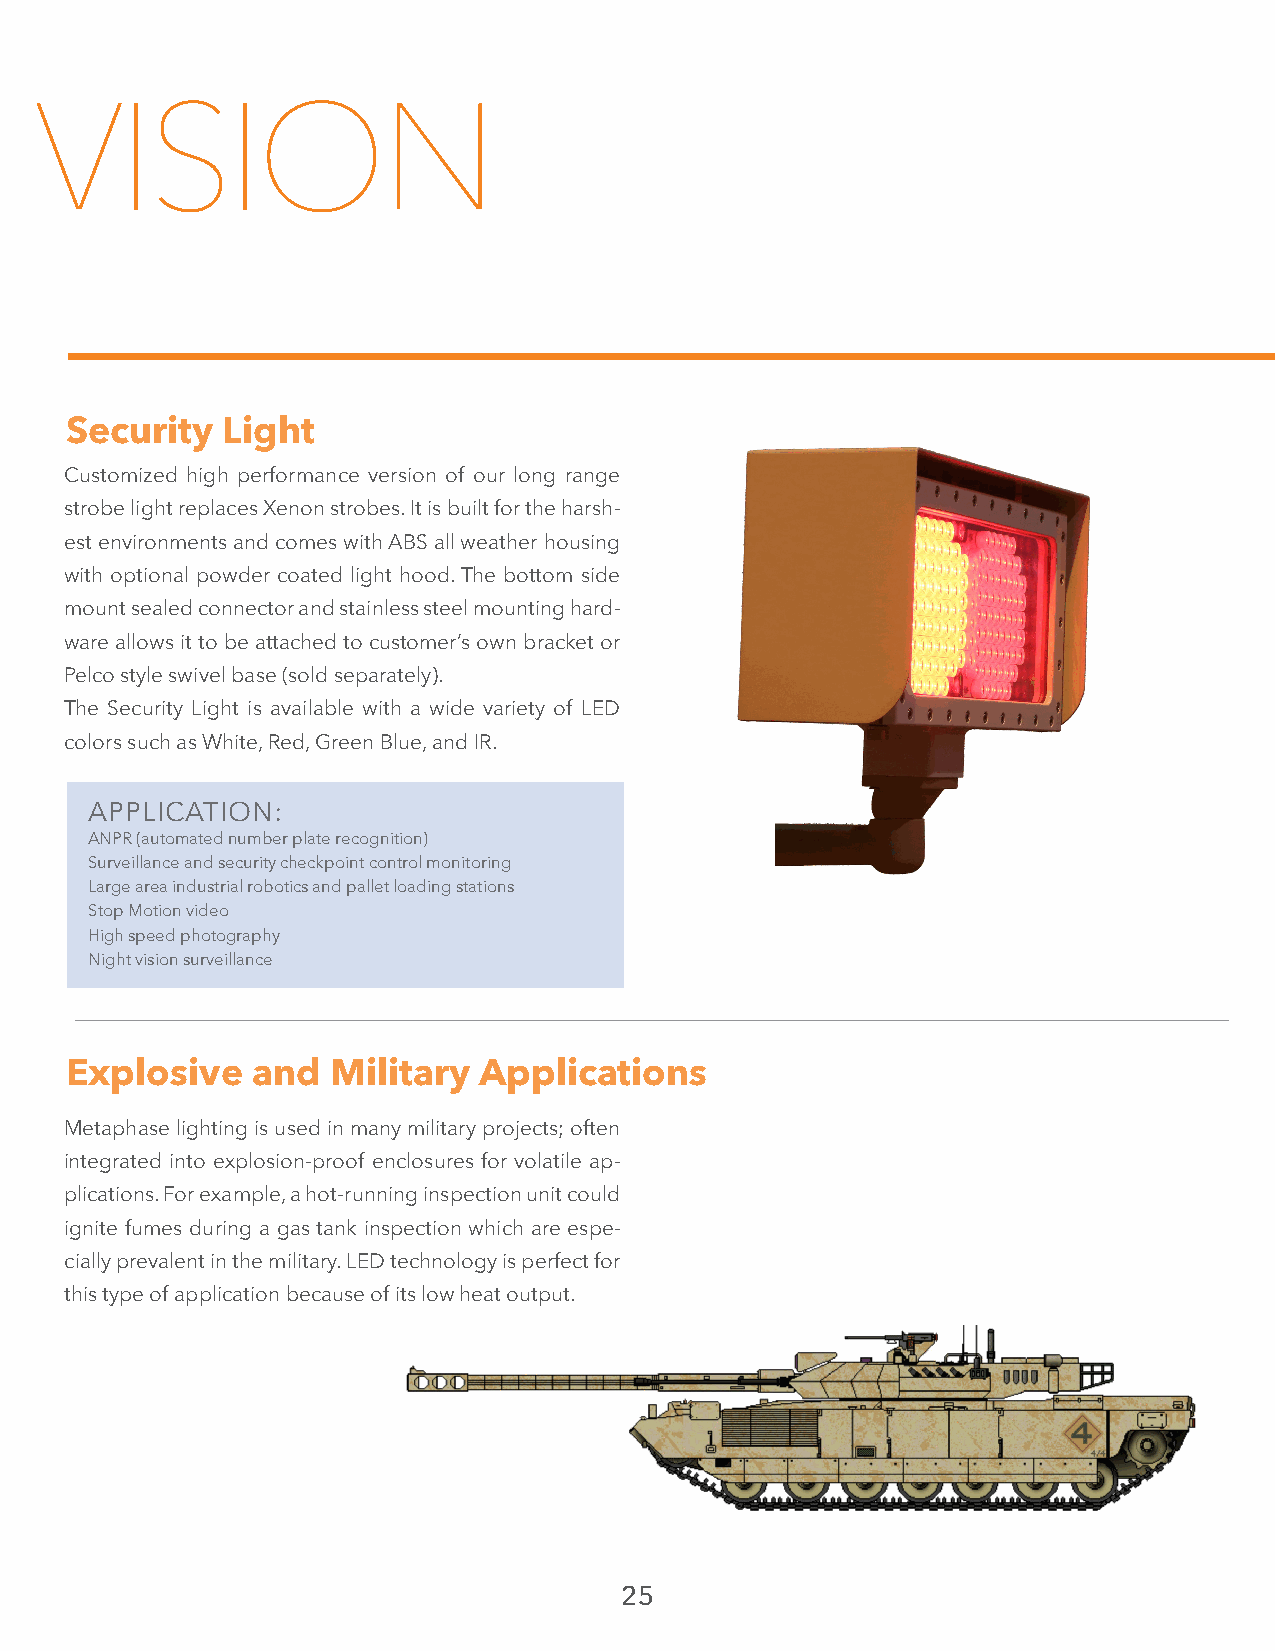
VISION
 Security   Light
 Customized high performance version of our long range
 strobe light replaces Xenon strobes. It is built for the harsh-
 est environments and comes with ABS all weather housing
 with optional powder coated light hood. The bottom side
 mount sealed connector and stainless steel mounting hard-
 ware allows it to be attached to customer’s own bracket or
 Pelco style swivel base (sold separately).
 The Security Light is available with a wide variety of LED
 colors such as White, Red, Green Blue, and IR.
 APPLICATION:
 ANPR (automated number plate recognition)
 Surveillance and security checkpoint control monitoring
 Large area industrial robotics and pallet loading stations
 Stop Motion video
 High speed photography
 Night vision surveillance
 Explosive    and  Military  Applications
 Metaphase lighting is used in many military projects; often
 integrated into explosion-proof enclosures for volatile ap-
 plications. For example, a hot-running inspection unit could
 ignite fumes during a gas tank inspection which are espe-
 cially prevalent in the military. LED technology is perfect for
 this type of application because of its low heat output.
 25